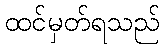
ထင်မှတ်ရသည်